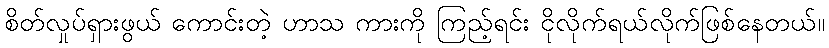
စိတ်လှုပ်ရှားဖွယ် ကောင်းတဲ့ ဟာသ ကားကို ကြည့်ရင်း ငိုလိုက်ရယ်လိုက်ဖြစ်နေတယ်။